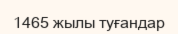
1465 жылы туғандар